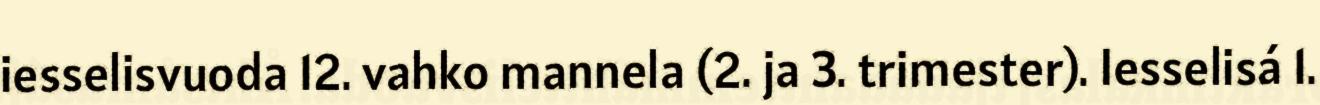
iesselisvuoda 12. vahko mannela (2. ja 3. trimester). Iesselisá 1.